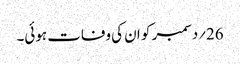
26؍دسمبر کو ان کی وفات ہوئی۔